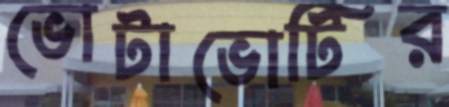
ভোটাভোটির